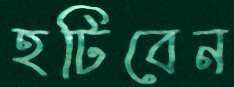
হটিবেন